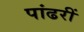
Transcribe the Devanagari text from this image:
पांढरीं